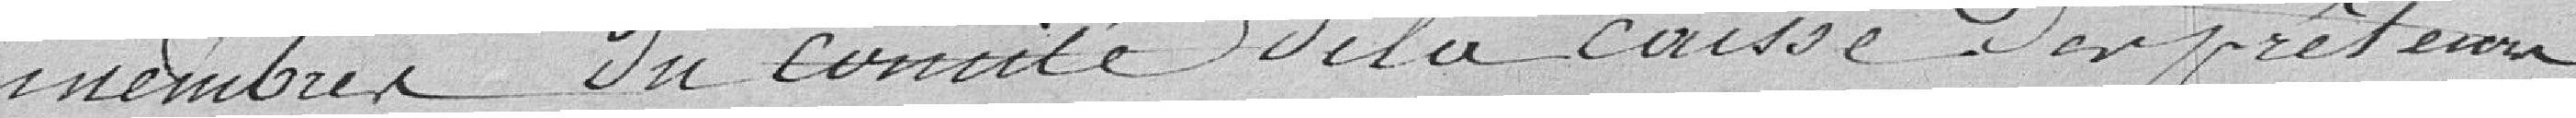
...... du comité de la caisse d'emprunteur